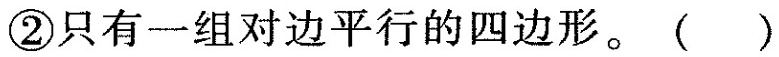
②只有一组对边平行的四边形。( )